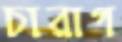
চারাগ